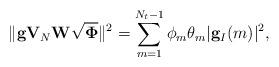
LaTeX: \begin{align*}\|\mathbf{g}\mathbf{V}_{N}\mathbf{W}\sqrt{\mathbf{\Phi}}\|^2 = \sum_{m = 1}^{N_t - 1} \phi_m \theta_m |\mathbf{g}_I(m)|^2,\end{align*}